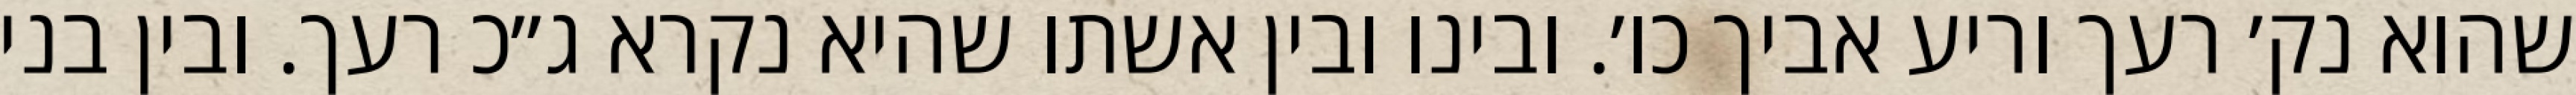
שהוא נק׳ רעך וריע אביך כו׳. ובינו ובין אשתו שהיא נקרא ג״כ רעך. ובין בני